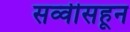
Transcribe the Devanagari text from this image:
सव्वीसहून